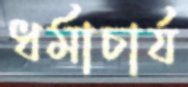
ধর্মাচার্য